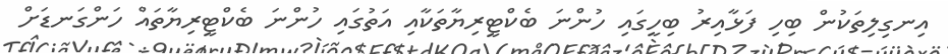
އިނގިލިތަކުން ބިހި ފަޅާއިރު ބިހީގައި ހުންނަ ބެކްޓީރިޔާތަކާއި އަތުގައި ހުންނަ ބެކްޓީރިޔާތައް ހަންގަނޑަށް